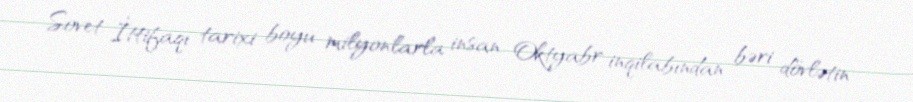
Sovet İttifaqı tarixi boyu milyonlarla insan Oktyabr inqilabından bəri dövlətin